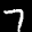
Label: 7